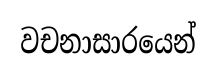
වචනාසාරයෙන්